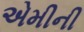
એમીની